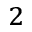
_ 2